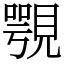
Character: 覨